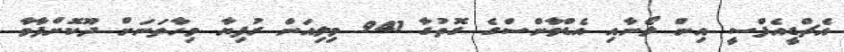
އެޗްޑީއެފްސީ އިން ލޯނާއި އެޑްވާންސްގެ ގޮތުގާ 941 މިލިއަން ރުފިޔާ މިހާތަނަށް ދޫކޮށްފާވާ